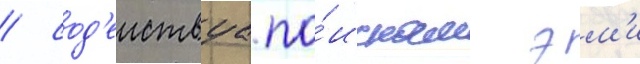
/ сод'еиствуа по́искам эм'и